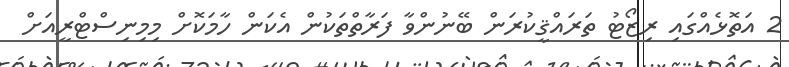
2 އަތޮޅެއްގައި ރިޒޯޓު ތަރައްޤީކުރަން ބޭނުންވާ ފަރާތްތަކުން އެކަން ހާމަކޮށް މިމިނިސްޓްރީއަށް